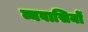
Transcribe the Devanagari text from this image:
व्यवासियों